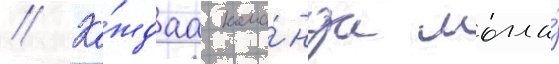
// Ка́ждаа кома́нда могла́